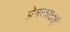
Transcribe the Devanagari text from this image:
प्रेमलाताई